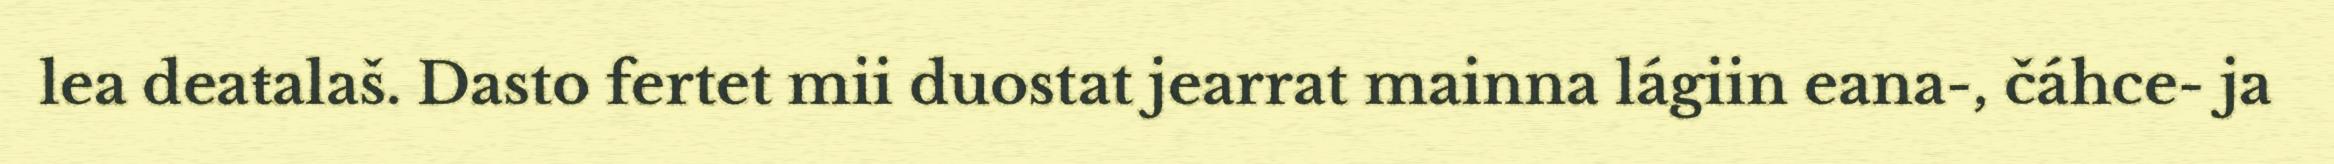
lea deaŧalaš. Dasto fertet mii duostat jearrat mainna lágiin eana-, čáhce- ja